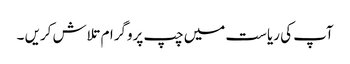
آپ کی ریاست میں چپ پروگرام تلاش کریں ۔